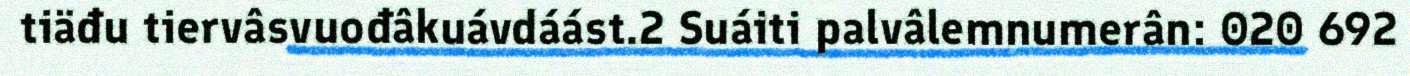
tiäđu tiervâsvuođâkuávdáást.2 Suáiti palvâlemnumerân: 020 692